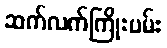
ဆက်လက်ကြိုးပမ်း